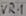
Text: VR1